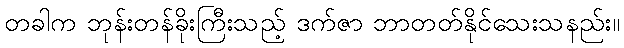
တခါက ဘုန်းတန်ခိုးကြီးသည့် ဒက်ဇာ ဘာတတ်နိုင်သေးသနည်း။